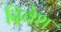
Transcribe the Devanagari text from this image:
दिवेश